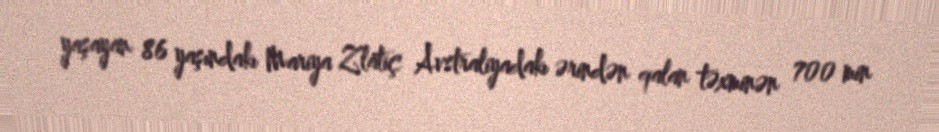
yaşayan 86 yaşındakı Mariya Zlatiç Avstraliyadakı ərindən qalan təxminən 700 min